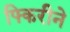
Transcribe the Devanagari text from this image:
फ्किरीने